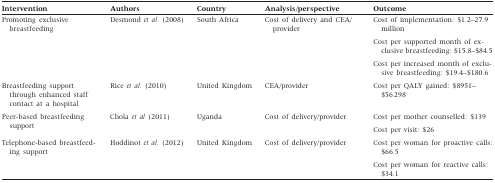
| Intervention | Authors | Country | Analysis/perspective | Outcome |
 | --- | --- | --- | --- | --- |
 | <ROWSPAN=3> Promoting exclusive breastfeeding | <ROWSPAN=3> Desmond et al. (2008) | <ROWSPAN=3> South Africa | <ROWSPAN=3> Cost of delivery and CEA/provider | Cost of implementation: $1.2–27.9 million |
 | Cost per supported month of exclusive breastfeeding: $15.8–$84.5 |
 | Cost per increased month of exclusive breastfeeding: $19.4–$180.6 |
 | Breastfeeding support through enhanced staff contact at a hospital | Rice et al. (2010) | United Kingdom | CEA/provider | Cost per QALY gained: $8951–$56 298 |
 | <ROWSPAN=2> Peer-based breastfeeding support | <ROWSPAN=2> Chola et al.(2011) | <ROWSPAN=2> Uganda | <ROWSPAN=2> Cost of delivery/provider | Cost per mother counselled: $139 |
 | Cost per visit: $26 |
 | <ROWSPAN=2> Telephone-based breastfeeding support | <ROWSPAN=2> Hoddinot et al. (2012) | <ROWSPAN=2> United Kingdom | <ROWSPAN=2> Cost of delivery/provider | Cost per woman for proactive calls: $66.5 |
 | Cost per woman for reactive calls: $34.1 |